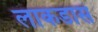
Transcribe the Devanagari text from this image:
लाकडास